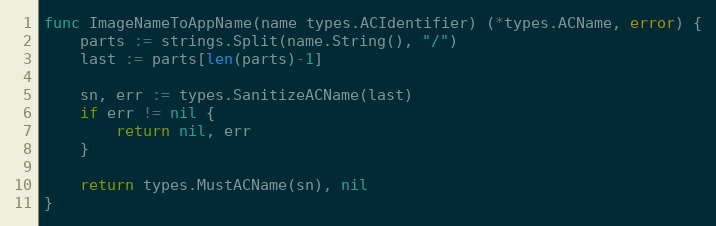
Language: Go
func ImageNameToAppName(name types.ACIdentifier) (*types.ACName, error) {
	parts := strings.Split(name.String(), "/")
	last := parts[len(parts)-1]

	sn, err := types.SanitizeACName(last)
	if err != nil {
		return nil, err
	}

	return types.MustACName(sn), nil
}